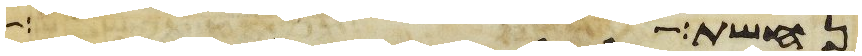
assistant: נחשת ארך